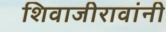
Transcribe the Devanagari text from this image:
शिवाजीरावांनी